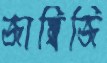
জাম্বিজি